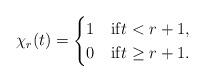
LaTeX: \begin{align*}\chi_r(t)= \begin{cases}1 &\mathrm{if} t < r+1,\\0 &\mathrm{if} t \geq r+1.\end{cases}\end{align*}